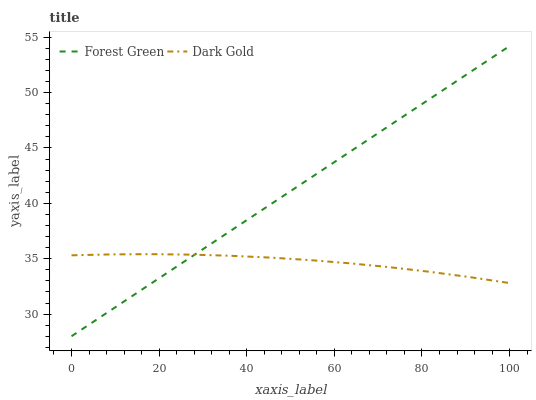
| xaxis_label | Forest Green | Dark Gold |
 | --- | --- | --- |
 | 0 | 28 | 35.3 |
 | 9.09 | 30.4 | 35.4 |
 | 18.2 | 32.8 | 35.4 |
 | 27.3 | 35.1 | 35.4 |
 | 36.4 | 37.5 | 35.3 |
 | 45.5 | 39.9 | 35.1 |
 | 54.5 | 42.3 | 34.9 |
 | 63.6 | 44.7 | 34.6 |
 | 72.7 | 47.1 | 34.2 |
 | 81.8 | 49.4 | 33.8 |
 | 90.9 | 51.8 | 33.3 |
 | 100 | 54.2 | 32.8 |